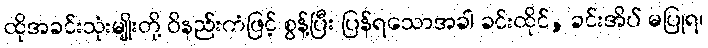
ထိုအခင်းသုံးမျိုးတို့ ဝိနည်းကံဖြင့် စွန့်ပြီး ပြန်ရသောအခါ ခင်းထိုင်, ခင်းအိပ် မပြုရ၊